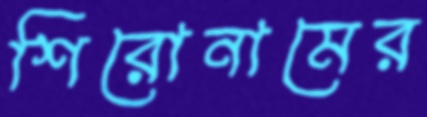
শিরোনামের